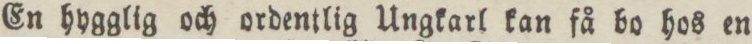
En hygglig och ordentlig Ungkarl kan få bo hos en